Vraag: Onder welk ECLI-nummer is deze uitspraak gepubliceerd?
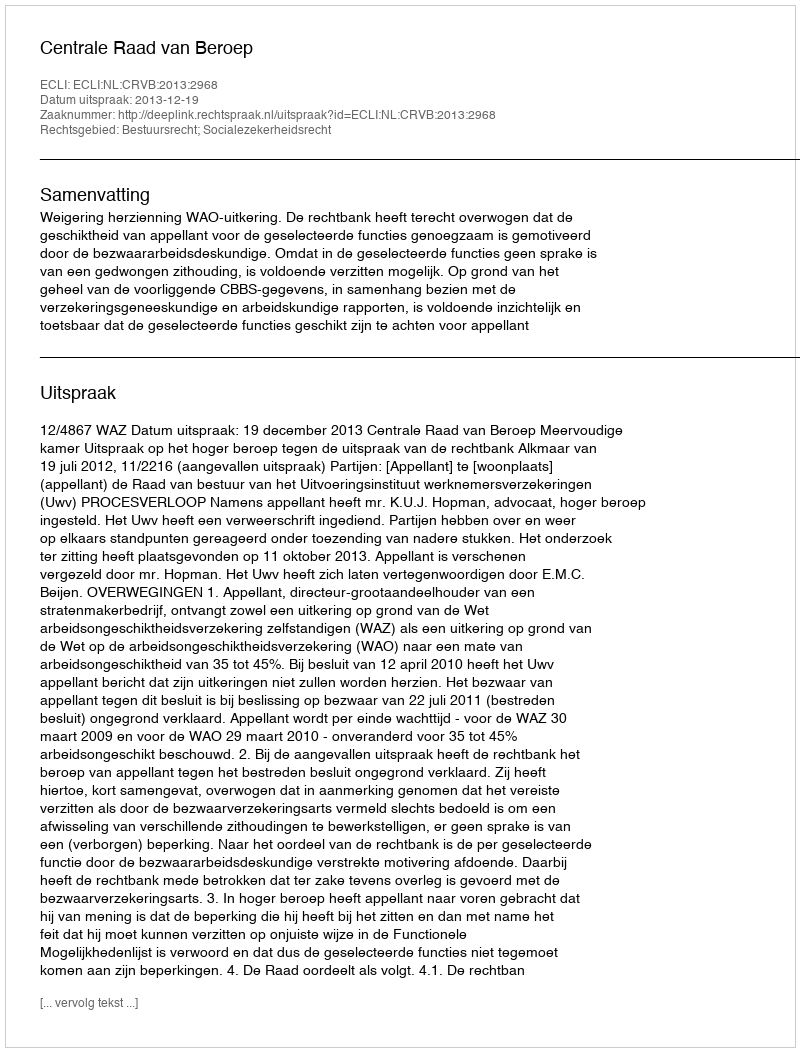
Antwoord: ECLI:NL:CRVB:2013:2968